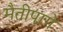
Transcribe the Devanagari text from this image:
मैतीपागे